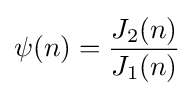
\psi (n)={\frac {J_{2}(n)}{J_{1}(n)}}